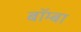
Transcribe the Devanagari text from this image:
बॉम्बा